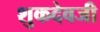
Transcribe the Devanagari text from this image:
शुकदेवजी